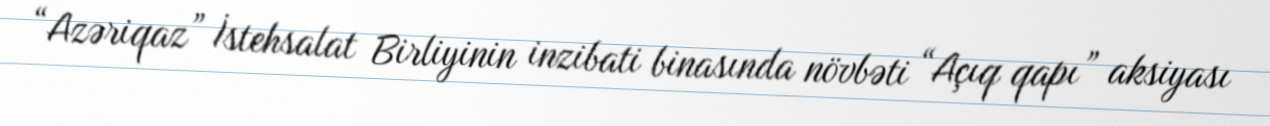
“Azəriqaz” İstehsalat Birliyinin inzibati binasında növbəti “Açıq qapı” aksiyası